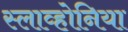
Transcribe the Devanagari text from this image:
स्लाव्होनिया